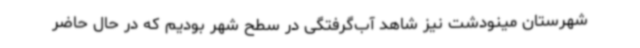
شهرستان مینودشت نیز شاهد آب‌گرفتگی در سطح شهر بودیم که در حال حاضر